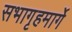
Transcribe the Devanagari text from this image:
सभागृहमार्गे